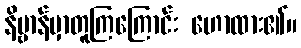
နိဗ္ဗာန်မှာတူကြကြောင်း ဟောထား၏။